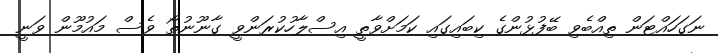
ނަގަހައްޓަން ތިއްބެވި ބޭފުޅުންގެ ކިބައިގައި ކަމަށްވާތީ އިސްލާހުކުރަންވީ ގާނޫނުތޯ ވެސް މައުމޫން ވަނީ